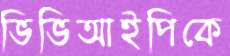
ভিভিআইপিকে